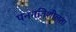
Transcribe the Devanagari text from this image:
पनगतिशीलता